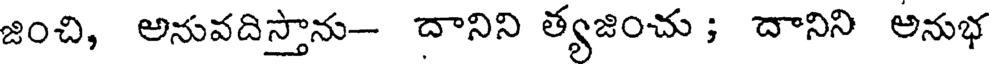
జించి, అనువదిస్తాను- దానిని త్యజించు ; దానిని అనుభ